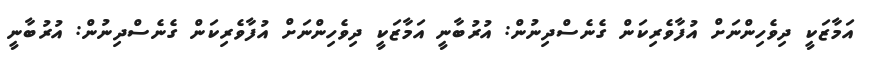
އަމާޒަކީ ދިވެހިންނަށް އުފާވެރިކަން ގެނެސްދިނުން: އުރުބާނީ އަމާޒަކީ ދިވެހިންނަށް އުފާވެރިކަން ގެނެސްދިނުން: އުރުބާނީ